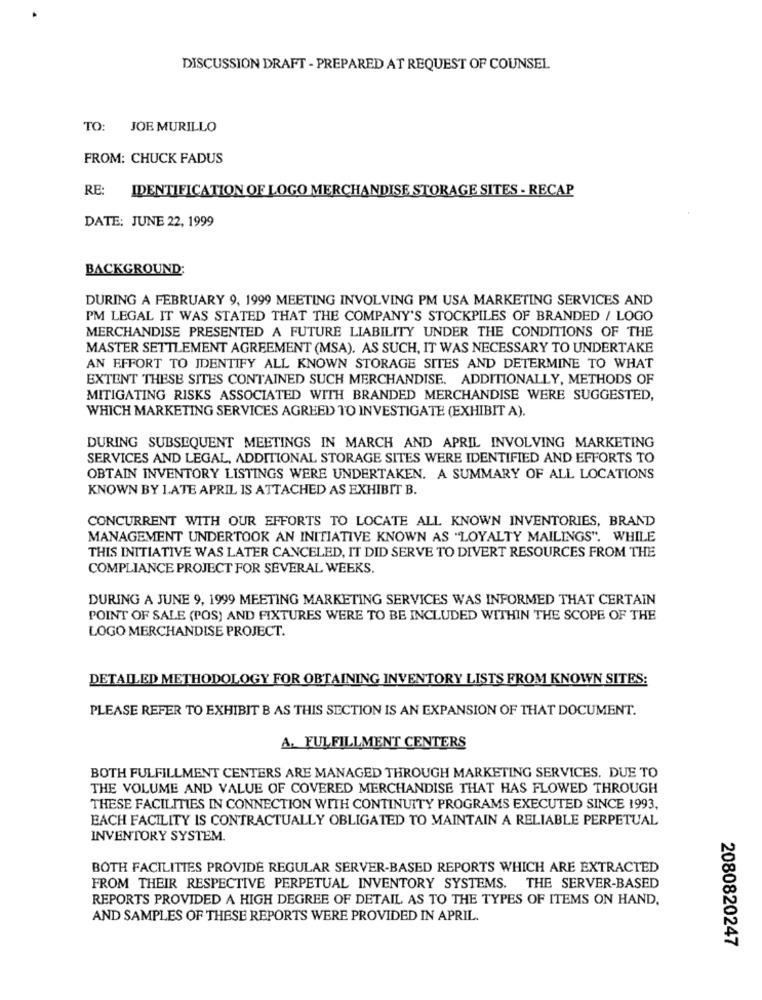
DISCUSSION DRAFT - PREPARED AT REQUEST OF COUNSEL
TO: JOE MURILLO
FROM: CHUCK FADUS
RE:
IDENTIFICATION OF LOGO MERCHANDISE STORAGE SITES - RECAP
DATE: JUNE 22, 1999
BACKGROUND:
DURING A FEBRUARY 9, 1999 MEETING INVOLVING PM USA MARKETING SERVICES AND
PM LEGAL IT WAS STATED THAT THE COMPANY'S STOCKPILES OF BRANDED / LOGO
MERCHANDISE PRESENTED A FUTURE LIABILITY UNDER THE CONDITIONS OF THE
MASTER SETTLEMENT AGREEMENT (MSA). AS SUCH, IT WAS NECESSARY TO UNDERTAKE
AN EFFORT TO IDENTIFY ALL KNOWN STORAGE SITES AND DETERMINE TO WHAT
EXTENT THESE SITES CONTAINED SUCH MERCHANDISE. ADDITIONALLY, METHODS OF
MITIGATING RISKS ASSOCIATED WITH BRANDED MERCHANDISE WERE SUGGESTED,
WHICH MARKETING SERVICES AGREED TO INVESTIGATE (EXHIBIT A).
DURING SUBSEQUENT MEETINGS IN MARCH AND APRIL INVOLVING MARKETING
SERVICES AND LEGAL, ADDITIONAL STORAGE SITES WERE IDENTIFIED AND EFFORTS TO
OBTAIN INVENTORY LISTINGS WERE UNDERTAKEN. A SUMMARY OF ALL LOCATIONS
KNOWN BY LATE APRIL IS ATTACHED AS EXHIBIT B.
CONCURRENT WITH OUR EFFORTS TO LOCATE ALL KNOWN INVENTORIES, BRAND
MANAGEMENT UNDERTOOK AN INITIATIVE KNOWN AS "LOYALTY MAILINGS". WHILE
THIS INITIATIVE WAS LATER CANCELED, IT DID SERVE TO DIVERT RESOURCES FROM THE
COMPLIANCE PROJECT FOR SEVERAL WEEKS.
DURING A JUNE 9, 1999 MEETING MARKETING SERVICES WAS INFORMED THAT CERTAIN
POINT OF SALE (POS) AND FIXTURES WERE TO BE INCLUDED WITHIN THE SCOPE OF THE
LOGO MERCHANDISE PROJECT.
DETAILED METHODOLOGY FOR OBTAINING INVENTORY LISTS FROM KNOWN SITES:
PLEASE REFER TO EXHIBIT B AS THIS SECTION IS AN EXPANSION OF THAT DOCUMENT.
A. FULFILLMENT CENTERS
BOTH FULFILLMENT CENTERS ARE MANAGED THROUGH MARKETING SERVICES. DUE TO
THE VOLUME AND VALUE OF COVERED MERCHANDISE THAT HAS FLOWED THROUGH
THESE FACILITIES IN CONNECTION WITH CONTINUITY PROGRAMS EXECUTED SINCE 1993,
EACH FACILITY IS CONTRACTUALLY OBLIGATED TO MAINTAIN A RELIABLE PERPETUAL
INVENTORY SYSTEM.
BOTH FACILITIES PROVIDE REGULAR SERVER-BASED REPORTS WHICH ARE EXTRACTED
FROM THEIR RESPECTIVE PERPETUAL INVENTORY SYSTEMS. THE SERVER-BASED
REPORTS PROVIDED A HIGH DEGREE OF DETAIL AS TO THE TYPES OF ITEMS ON HAND,
AND SAMPLES OF THESE REPORTS WERE PROVIDED IN APRIL.
2080820247